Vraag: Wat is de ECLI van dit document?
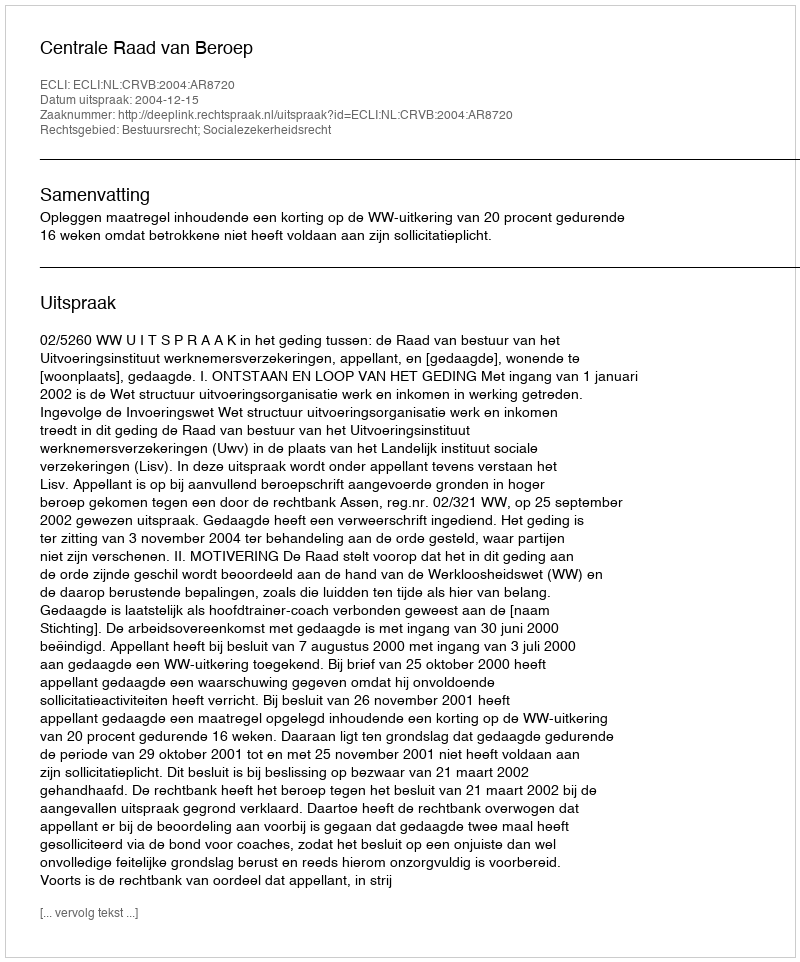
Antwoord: ECLI:NL:CRVB:2004:AR8720